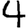
Digit: 4